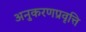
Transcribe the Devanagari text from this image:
अनुकरणप्रवृत्ति